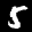
Label: 5